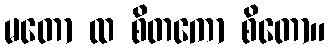
မတော ထ စိတကော စိတော။